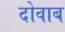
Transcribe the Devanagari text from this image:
दोवाब